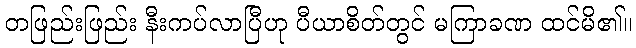
တဖြည်းဖြည်း နီးကပ်လာပြီဟု ပီယာစိတ်တွင် မကြာခဏ ထင်မိ၏။